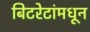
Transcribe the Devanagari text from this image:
बिटरेटांमधून